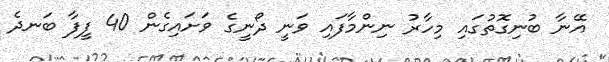
އޭނާ ބުނިގޮތުގައި މިހާރު ނިންމާފައި ވަނީ ދޯނީގެ ވަށައިގެން 40 ފީފާ ބަނދެ